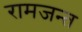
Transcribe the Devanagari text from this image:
रामजन्त